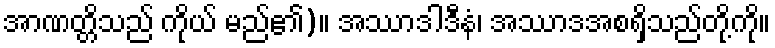
အာဏတ္တိသည် ကိုယ် မည်၏)။ အဿာဒါဒီနံ၊ အဿာဒအစရှိသည်တို့ကို။